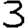
Digit: 3